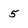
Character: 5